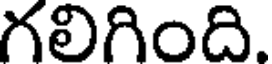
గలిగింది.